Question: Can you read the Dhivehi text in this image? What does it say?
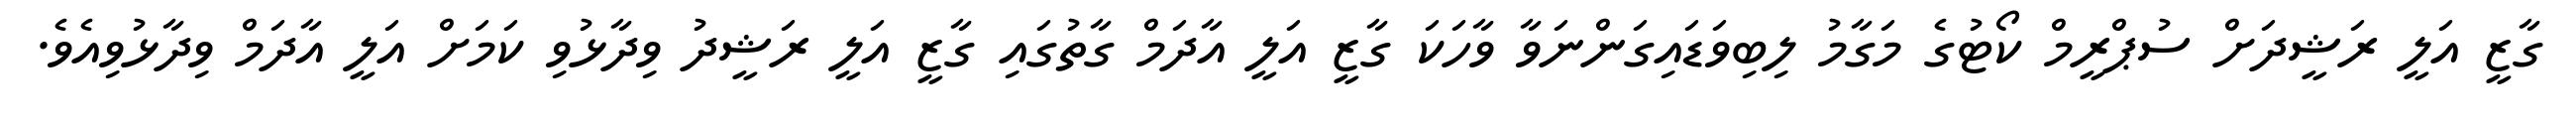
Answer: ގާޒީ އަލީ ރަޝީދަށް ސުޕްރީމް ކޯޓުގެ މަގާމު ލިބިވަޑައިގަންނަވާ ވާހަކަ ގާޒީ އަލީ އާދަމް ގާތުގައި ގާޒީ އަލީ ރަޝީދު ވިދާޅުވި ކަމަށް އަލީ އާދަމް ވިދާޅުވިއެވެ.